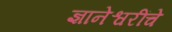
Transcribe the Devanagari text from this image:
ज्ञानेश्वरींचे